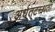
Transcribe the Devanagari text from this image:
अर्धतटस्थता